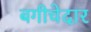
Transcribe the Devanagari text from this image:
बगीचेदार